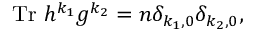
\mathrm { T r } ~ h ^ { k _ { 1 } } g ^ { k _ { 2 } } = n \delta _ { k _ { 1 } , 0 } \delta _ { k _ { 2 } , 0 } ,